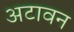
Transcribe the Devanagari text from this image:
अटावन